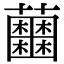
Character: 𧅲